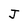
Character: J